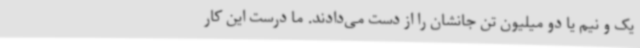
یک و نیم یا دو میلیون تن جانشان را از دست می‌دادند. ما درست این کار